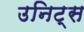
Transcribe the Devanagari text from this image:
उनिट्स